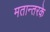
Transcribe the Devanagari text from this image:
मतान्तरके